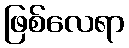
ဖြစ်လေရာ